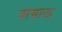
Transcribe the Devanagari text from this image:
वाचाऊ